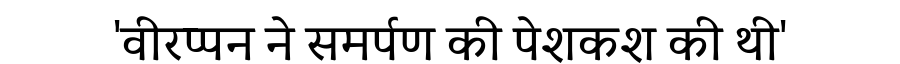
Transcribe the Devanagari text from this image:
'वीरप्पन ने समर्पण की पेशकश की थी'